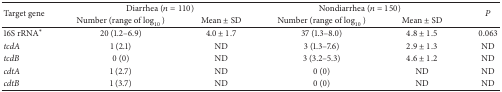
<table><thead><tr><td rowspan="2"><b>Target gene</b></td><td colspan="2"><b>Diarrhea (<i>n</i> = 110)</b></td><td colspan="2"><b>Nondiarrhea (<i>n</i> = 150)</b></td><td rowspan="2"><b><i>P</i></b></td></tr><tr><td><b>Number (range of log<sub>10</sub>⁡ )</b></td><td><b>Mean ± SD</b></td><td><b>Number (range of log<sub>10</sub>⁡ )</b></td><td><b>Mean ± SD</b></td></tr></thead><tbody><tr><td>16S rRNA<sup>∗</sup></td><td>20 (1.2–6.9)</td><td>4.0 ± 1.7</td><td>37 (1.3–8.0)</td><td>4.8 ± 1.5</td><td>0.063</td></tr><tr><td><i>tcdA </i></td><td>1 (2.1)</td><td>ND</td><td>3 (1.3–7.6)</td><td>2.9 ± 1.3</td><td>ND</td></tr><tr><td><i>tcdB </i></td><td>0 (0)</td><td>ND</td><td>3 (3.2–5.3)</td><td>4.6 ± 1.2</td><td>ND</td></tr><tr><td><i>cdtA </i></td><td>1 (2.7)</td><td>ND</td><td>0 (0)</td><td>ND</td><td>ND</td></tr><tr><td><i>cdtB </i></td><td>1 (3.7)</td><td>ND</td><td>0 (0)</td><td>ND</td><td>ND</td></tr></tbody></table>